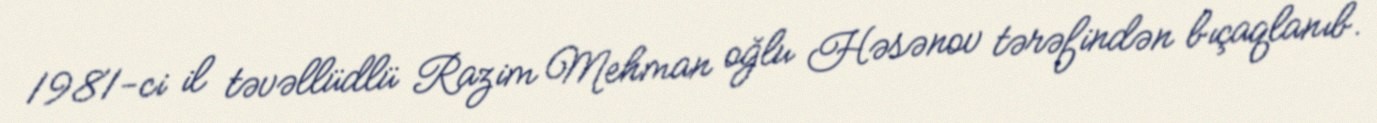
1981-ci il təvəllüdlü Razim Mehman oğlu Həsənov tərəfindən bıçaqlanıb.